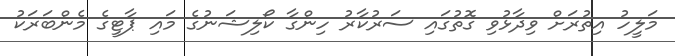
މަލީހު އިތުރަށް ވިދާޅުވި ގޮތުގައި ސަރުކާރު ހިންގާ ކޯލިޝަނުގެ މައި ޕާޓީގެ މެންބަރަކު